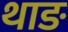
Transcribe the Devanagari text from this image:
थाङ